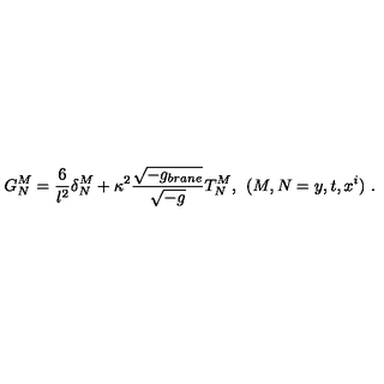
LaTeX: G _ { N } ^ { M } = \frac { 6 } { l ^ { 2 } } \delta _ { N } ^ { M } + \kappa ^ { 2 } \frac { \sqrt { - g _ { b r a n e } } } { \sqrt { - g } } T _ { N } ^ { M } , \: \: ( M , N = y , t , x ^ { i } ) \ .